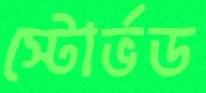
স্টোর্ভড